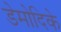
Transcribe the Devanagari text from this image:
डेमोदिके